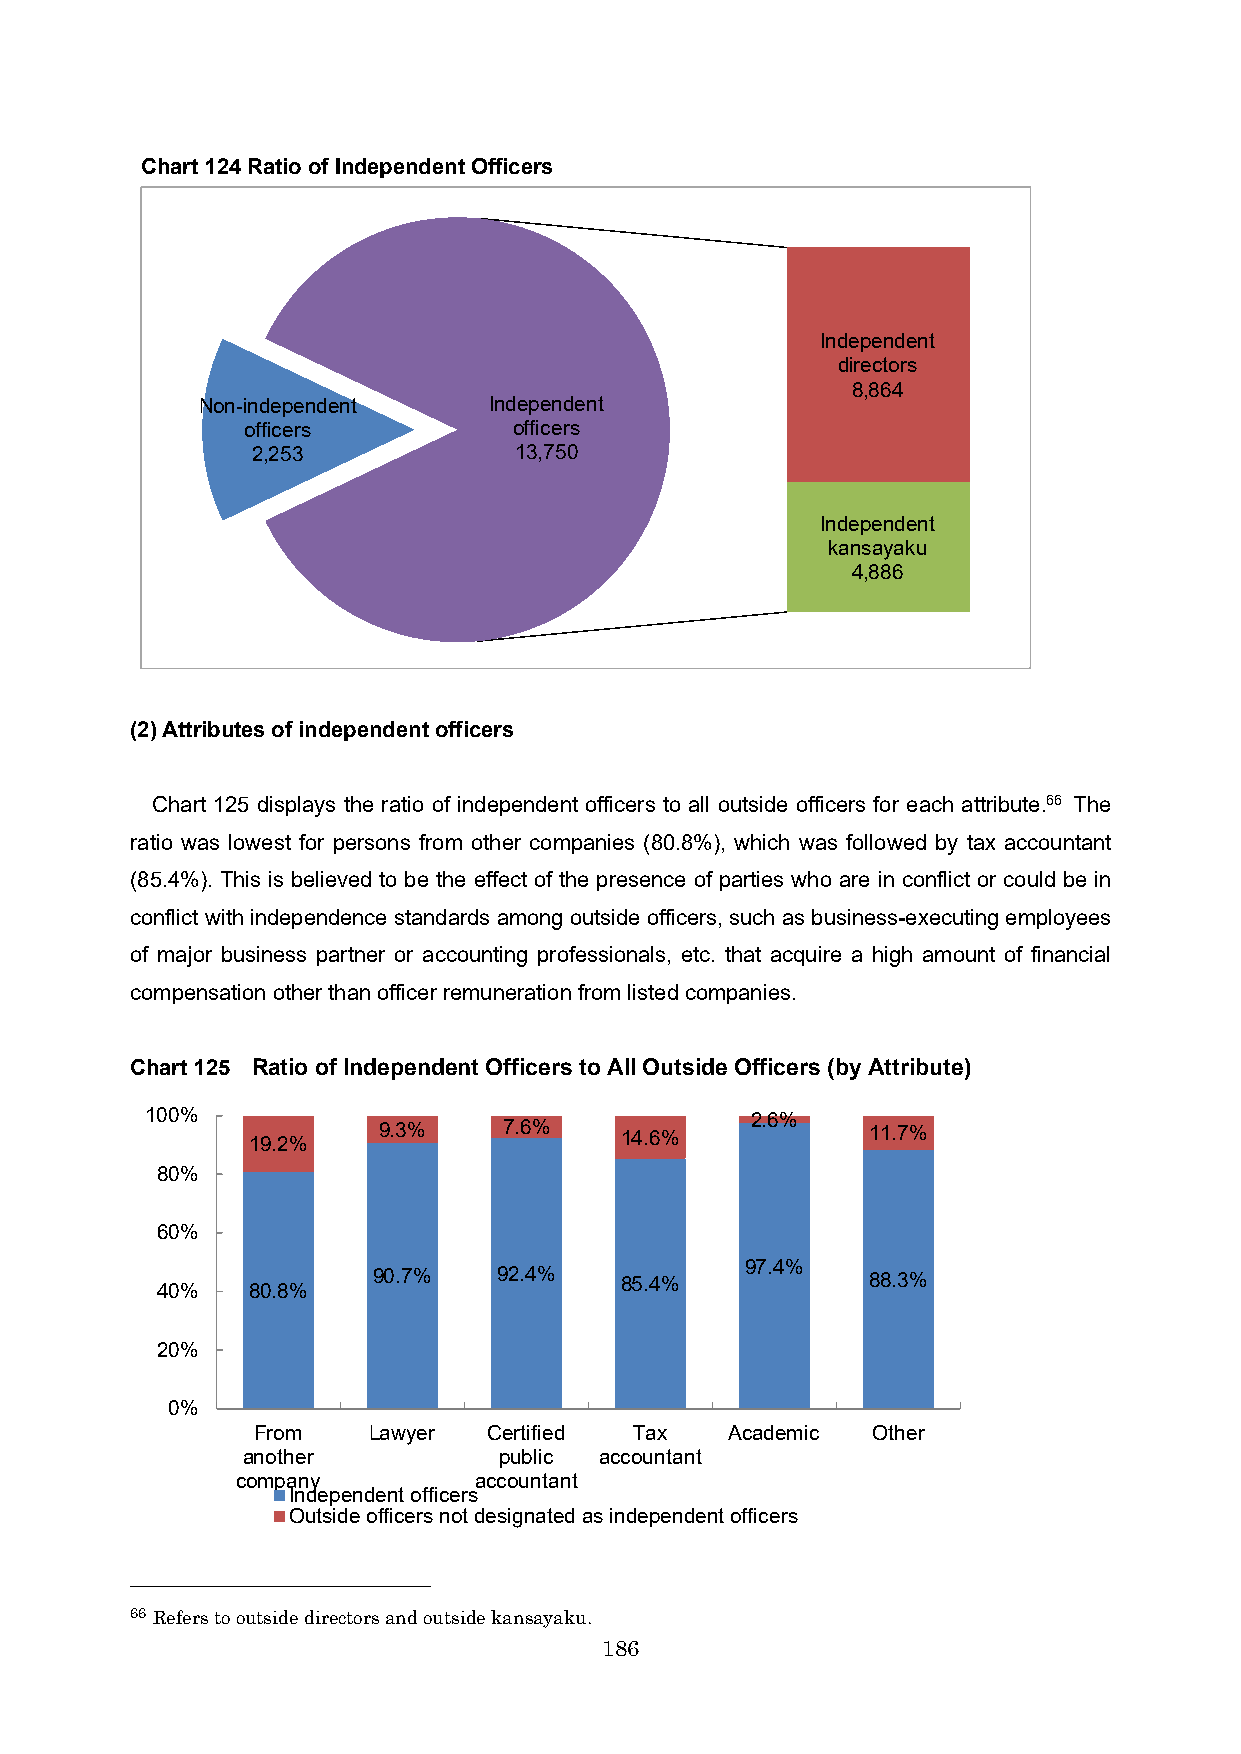
Chart 124Ratio of Independent Officers
 Independent
 directors
 8,864
 Non-independent    Independent
 officers          officers
 2,253            13,750
 Independent
 kansayaku
 4,886
 (2) Attributes of independent officers
 Chart 125 displays the ratio of independent officers to all outside officers for each attribute.66 The
 ratio was lowest for persons from other companies (80.8%), which was followed by tax accountant
 (85.4%). This is believed to be the effect of the presence of parties who are in conflict or could be in
 conflict with independence standards among outside officers, such as business-executing employees
 of major business partner or accounting professionals, etc. that acquire a high amount of financial
 compensation other than officer remuneration from listed companies.
 Chart 125 Ratio of Independent Officers to All Outside Officers (by Attribute)
 100%                                    2.6%
 9.3%    7.6%    14.6%            11.7%
 19.2%
 80%
 60%
 97.4%
 90.7%   92.4%   85.4%            88.3%
 40%   80.8%
 20%
 0%
 From   Lawyer  Certified Tax   Academic  Other
 another          public accountant
 company        accountant
 Independent officers
 Outside officers not designated as independent officers
 66 Refers to outside directors and outside kansayaku.
 186